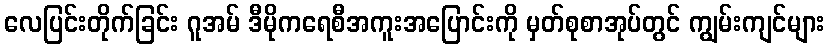
လေပြင်းတိုက်ခြင်း ဂူအမ် ဒီမိုကရေစီအကူးအပြောင်းကို မှတ်စုစာအုပ်တွင် ကျွမ်းကျင်များ